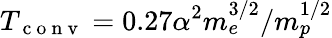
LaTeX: T_{\mathrm{~c~o~n~v~}}=0.27\alpha^{2}m_{e}^{3/2}/m_{p}^{1/2}